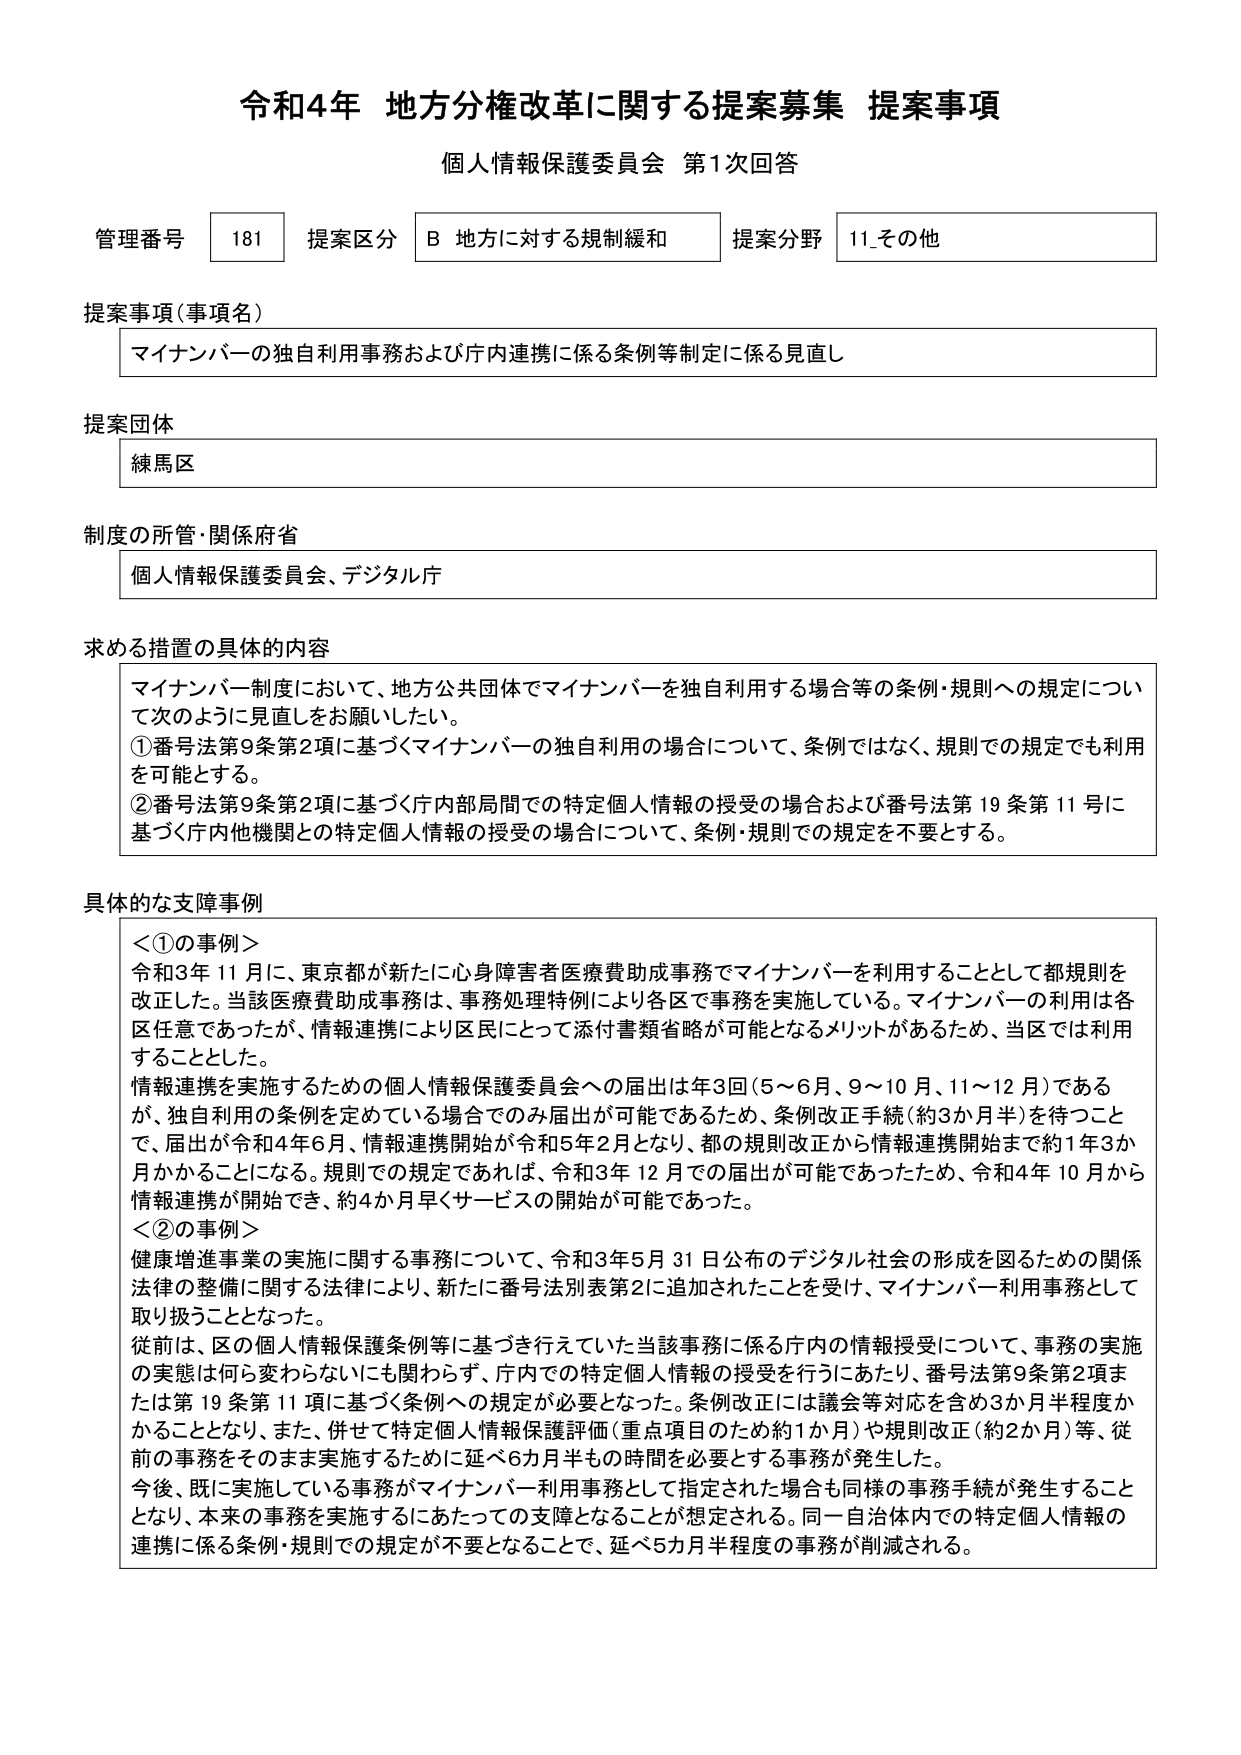
令和4年 地方分権改革に関する提案募集 提案事項
個人情報保護委員会 第1次回答

管理番号 181 提案区分 B 地方に対する規制緩和 提案分野 11_その他

提案事項（事項名）
マイナンバーの独自利用事務および庁内連携に係る条例等制定に係る見直し

提案団体
練馬区

制度の所管・関係府省
個人情報保護委員会、デジタル庁

求める措置の具体的内容
マイナンバー制度において、地方公共団体でマイナンバーを独自利用する場合等の条例・規則への規定について次のように見直しをお願いしたい。
①番号法第9条第2項に基づくマイナンバーの独自利用の場合について、条例ではなく、規則での規定でも利用を可能とする。
②番号法第9条第2項に基づく庁内部局間での特定個人情報の授受の場合および番号法第19条第11号に基づく庁内他機関との特定個人情報の授受の場合について、条例・規則での規定を不要とする。

具体的な支障事例
＜①の事例＞
令和3年11月に、東京都が新たに心身障害者医療費助成事務でマイナンバーを利用することとして都規則を改正した。当該医療費助成事務は、事務処理特例により各区で事務を実施している。マイナンバーの利用は各区任意であったが、情報連携により区民にとって添付書類省略が可能となるメリットがあるため、当区では利用することとした。
情報連携を実施するための個人情報保護委員会への届出は年3回（5～6月、9～10月、11～12月）であるが、独自利用の条例を定める場合でのみ届出が可能であるため、条例改正手続（約3か月半）を待つことで、届出が令和4年6月、情報連携開始が令和5年2月となり、都の規則改正から情報連携開始まで約1年3か月かかることになる。規則での規定であれば、令和3年12月での届出が可能であったため、令和4年10月から情報連携が開始でき、約4か月早くサービスの開始が可能であった。
＜②の事例＞
健康増進事業の実施に関する事務について、令和3年5月31日公布のデジタル社会の形成を図るための関係法律の整備に関する法律により、新たに番号法別表第2に追加されたことを受け、マイナンバー利用事務として取り扱うこととなった。
従前は、区の個人情報保護条例等に基づき行えていた当該事務に係る庁内の情報授受について、事務の実施の実態は何ら変わらないにも関わらず、庁内での特定個人情報の授受を行うにあたり、番号法第9条第2項または第19条第11項に基づく条例への規定が必要となった。条例改正には議会等対応を含め3か月半程度かかることとなり、また、併せて特定個人情報保護評価（重点項目のため約1か月）や規則改正（約2か月）等、従前の事務をそのまま実施するために延べ6か月半もの時間を必要とする事務が発生した。
今後、既に実施している事務がマイナンバー利用事務として指定された場合も同様の事務手続が発生することとなり、本来の事務を実施するにあたっての支障となることが想定される。同一自治体内での特定個人情報の連携に係る条例・規則での規定が不要となることで、延べ5か月半程度の事務が削減される。